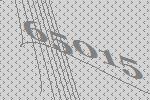
65015